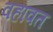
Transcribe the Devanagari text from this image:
वहावत